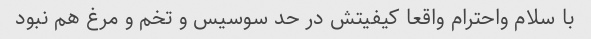
با سلام واحترام واقعا کیفیتش در حد سوسیس و تخم و مرغ هم نبود